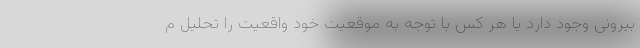
بیرونی وجود دارد یا هر کس با توجه به موقعیت خود واقعیت را تحلیل م